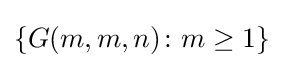
\left\{G(m,m,n)\colon m\geq 1\right\}